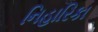
નિહારિકા